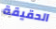
الحقيقة